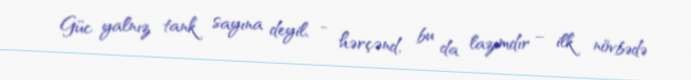
Güc yalnız tank sayına deyil, - hərçənd, bu da lazımdır – ilk növbədə